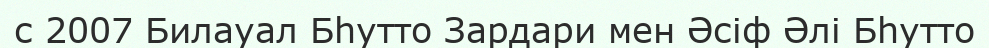
с 2007 Билауал Бһутто Зардари мен Әсіф Әлі Бһутто